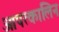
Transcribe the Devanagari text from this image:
आपत्कालिन